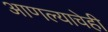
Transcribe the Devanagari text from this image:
आणल्याचेही